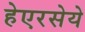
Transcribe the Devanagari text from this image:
हेएरसेये